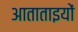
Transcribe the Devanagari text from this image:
आताताइयों